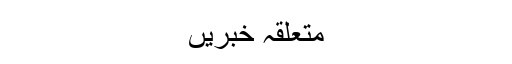
متعلقہ خبریں